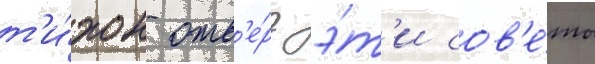
т'и́хон отв'е́рг э́т'и сов'е́ты